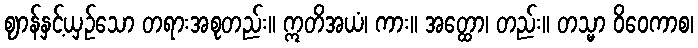
ဈာန်နှင့်ယှဉ်သော တရားအစုတည်း။ ဣတိအယံ၊ ကား။ အတ္ထော၊ တည်း။ တသ္မာ ဝိဝေကာစ၊